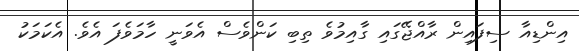
އިންޑިއާ ސިފައިން ރާއްޖޭގައި ގާއިމުވެ ތިބި ކަންވެސް އެވަނީ ހާމަވެފަ އެވެ. އެކަމަކު